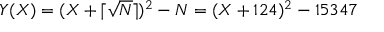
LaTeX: Y ( X ) = ( X + \lceil { \sqrt { N } } \rceil ) ^ { 2 } - N = ( X + 1 2 4 ) ^ { 2 } - 1 5 3 4 7